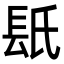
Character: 𨱡